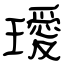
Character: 璦